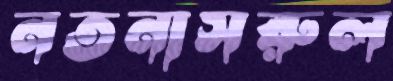
নতনাসরুল